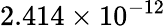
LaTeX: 2.414\times 10^{-12}